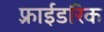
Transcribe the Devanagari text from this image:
फ़्राईडरिक